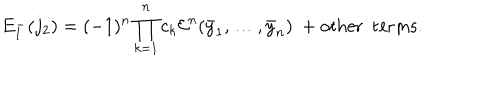
LaTeX: E _ { 1 } ^ { - } ( j _ { 2 } ) = ( - 1 ) ^ { n } \prod _ { k = 1 } ^ { n } c _ { k } { \cal E } ^ { n } ( \bar { y } _ { 1 } , \dots , \bar { y } _ { n } ) \ + \mathrm { o t h e r \ \ t e r m s } .